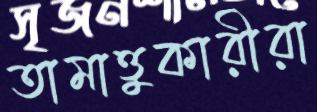
তামাত্তুকারীরা